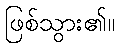
ဖြစ်သွား၏။